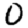
Digit: 0